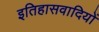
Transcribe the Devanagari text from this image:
इतिहासवादियों